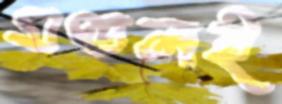
মণ্ডলই